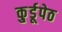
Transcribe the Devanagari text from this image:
कु्र्डूपेठ